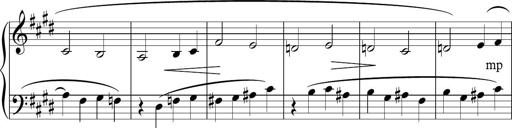
Title: Sonatina n.3
Composer: Tatiana Stankovych
Key: E major